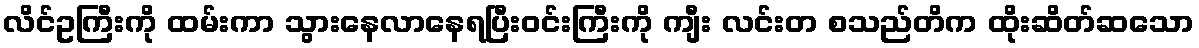
လိင်ဥကြီးကို ထမ်းကာ သွားနေလာနေရပြီးဝင်းကြီးကို ကျီး လင်းတ စသည်တိက ထိုးဆိတ်ဆသော